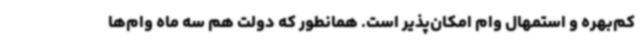
کم‌بهره و استمهال وام امکان‌پذیر است. همانطور که دولت هم سه ماه وام‌ها